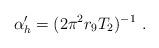
LaTeX: \begin{align*}\alpha^\prime_h = (2\pi^2 r_9 T_2)^{-1} \ .\end{align*}